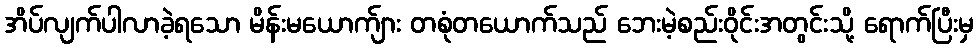
အိပ်လျက်ပါလာခဲ့ရသော မိန်းမယောက်ျား တစုံတယောက်သည် ဘေးမဲ့စည်းဝိုင်းအတွင်းသို့ ရောက်ပြီးမှ